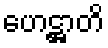
ဟေဋ္ဌာတိ